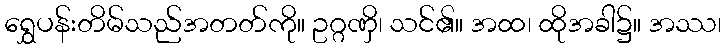
ရွှေပန်းတိမ်သည်အတတ်ကို။ ဥဂ္ဂဏှိ၊ သင်၏။ အထ၊ ထိုအခါ၌။ အဿ၊